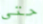
حتى